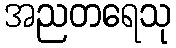
အညတရေသု